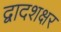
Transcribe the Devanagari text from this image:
द्वादशक्षर